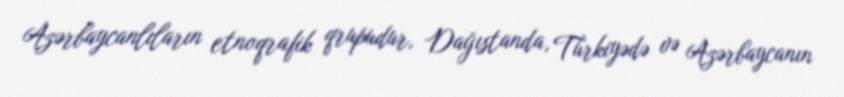
Azərbaycanlıların etnoqrafik qrupudur, Dağıstanda, Türkiyədə və Azərbaycanın